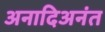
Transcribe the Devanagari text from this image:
अनादिअनंत